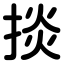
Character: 掞